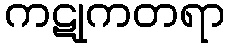
ကဋုကတရာ